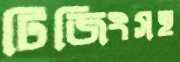
টিজিংসহ